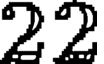
22